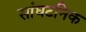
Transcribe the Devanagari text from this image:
सांघटनिक